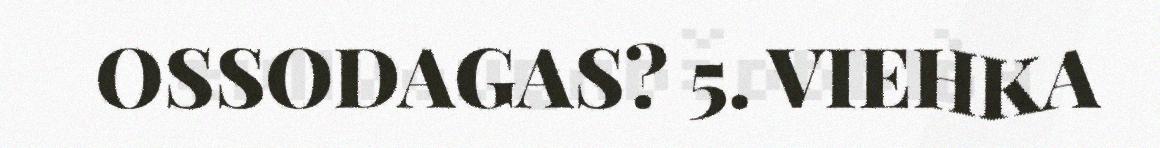
OSSODAGAS? 5. VIEHKA